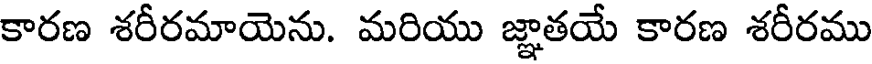
కారణ శరీరమాయెను. మరియు జ్ఞాతయే కారణ శరీరము